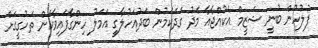
ފުލުހުން ބުނީ ޝަޒީމް އެކުއްޖާއާ މެދު ގަދަކަމުން ބަދުއަހުލާގީ އަމަލު ހިންގާފައިވާކަން ތަހުގީގަށް